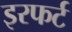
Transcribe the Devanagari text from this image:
इरफर्ट